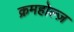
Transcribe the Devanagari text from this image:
क्रमहोल्ज़